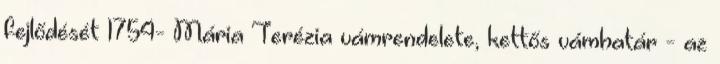
fejlődését 1754- Mária Terézia vámrendelete, kettős vámhatár - az